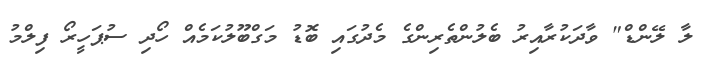
ލާ ލޭންޑް" ވާދަކުރާއިރު ބެލުންތެރިންގެ މެދުގައި ބޮޑު މަގްބޫލުކަމެއް ހޯދި ސުޕަހީރޯ ފިލްމު